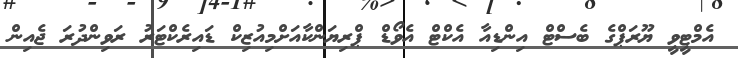
އެމްޓީވީ ޔޫރަޕްގެ ބެސްޓް އިންޑިއާ އެކްޓްް އެވޯޑް ޕްރިޔަންކާއަށްމިއުޒިކް ޑައިރެކްޓަރު ރަވިންދުރަ ޖެއިން